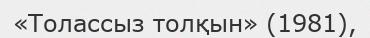
«Толассыз толқын» (1981),